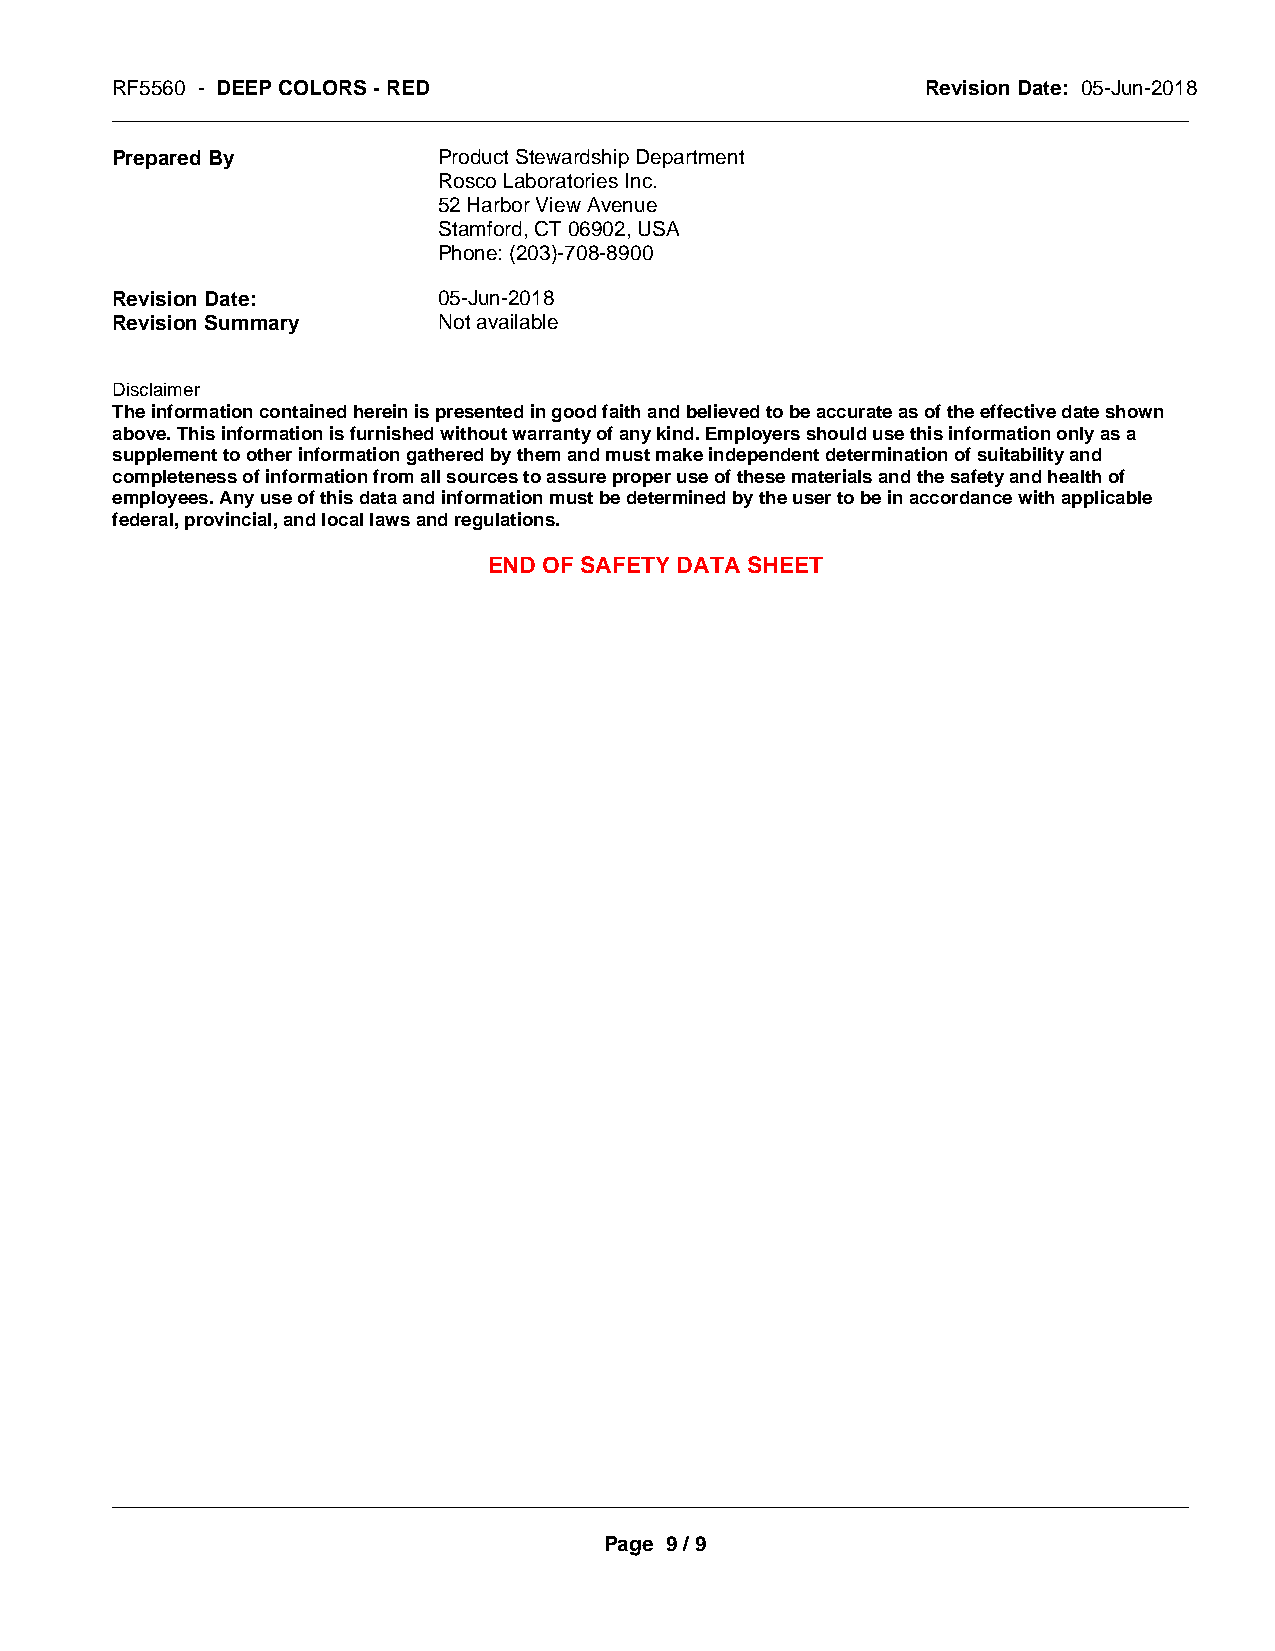
RF5560 - DEEP COLORS - RED                            Revision Date: 05-Jun-2018
 _____________________________________________________________________________________________
 Prepared By           Product Stewardship Department
 Rosco Laboratories Inc.
 52 Harbor View Avenue
 Stamford, CT 06902, USA
 Phone: (203)-708-8900
 Revision Date:        05-Jun-2018
 Revision Summary      Not available
 Disclaimer
 The information contained herein is presented in good faith and believed to be accurate as of the effective date shown
 above. This information is furnished without warranty of any kind. Employers should use this information only as a
 supplement to other information gathered by them and must make independent determination of suitability and
 completeness of information from all sources to assure proper use of these materials and the safety and health of
 employees. Any use of this data and information must be determined by the user to be in accordance with applicable
 federal, provincial, and local laws and regulations.
 END OF SAFETY DATA SHEET
 _____________________________________________________________________________________________
 Page 9 / 9